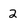
Character: 2